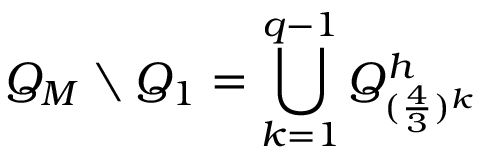
Q _ { M } \setminus Q _ { 1 } = \bigcup _ { k = 1 } ^ { q - 1 } Q _ { ( \frac { 4 } { 3 } ) ^ { k } } ^ { h }